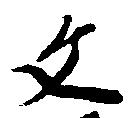
文